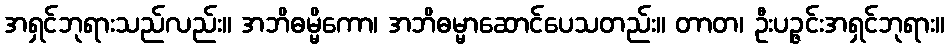
အရှင်ဘုရားသည်လည်း။ အဘိဓမ္မိကော၊ အဘိဓမ္မာဆောင်ပေသတည်း။ တာတ၊ ဦးပဉ္ဇင်းအရှင်ဘုရား။